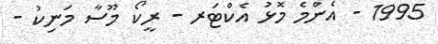
1995 - އެންމެ މޮޅު އެކްޓަރ - ރީކޯ މޫސާ މަނިކު -